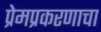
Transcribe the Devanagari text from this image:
प्रेमप्रकरणाचा